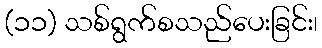
(၁၁) သစ်ရွက်စသည်ပေးခြင်း၊